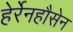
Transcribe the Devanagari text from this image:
हेर्रेनहौसेन